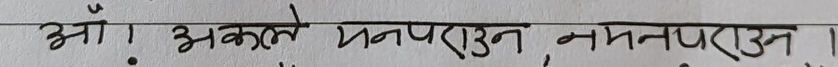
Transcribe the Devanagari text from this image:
ओँ ! अकले मनपराउन, नमनपराउन !